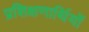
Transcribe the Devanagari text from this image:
प्रशिक्षणार्थियों